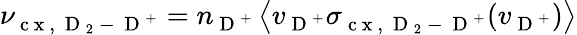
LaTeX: \nu_{\mathrm{~c~x~,~}\mathrm{~D~}_{2}\mathrm{~-~}\mathrm{~D~}^{+}}=n_{\mathrm{~D~}^{+}}\left\langle v_{\mathrm{~D~}^{+}}\sigma_{\mathrm{~c~x~,~}\mathrm{~D~}_{2}\mathrm{~-~}\mathrm{~D~}^{+}}(v_{\mathrm{~D~}^{+}})\right\rangle